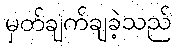
မှတ်ချက်ချခဲ့သည်